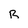
Character: R